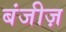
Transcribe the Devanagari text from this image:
बंजीज़